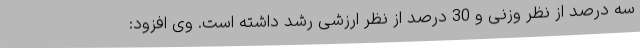
سه درصد از نظر وزنی و 30 درصد از نظر ارزشی رشد داشته است. وی افزود: